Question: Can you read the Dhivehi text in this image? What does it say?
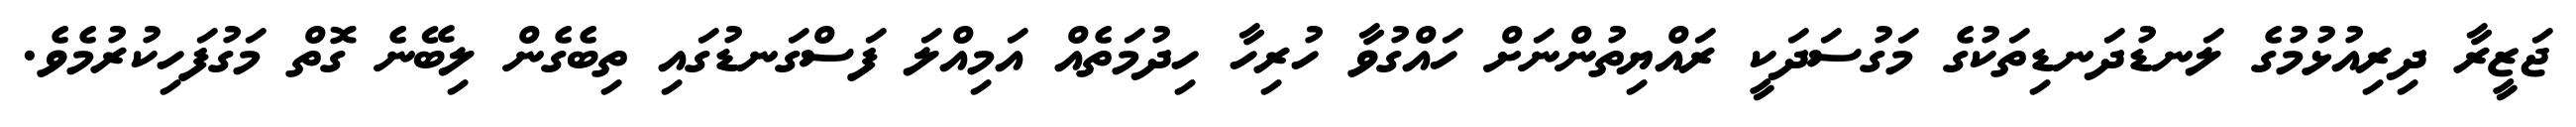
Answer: ޖަޒީރާ ދިރިއުޅުމުގެ ލަނޑުދަނޑިތަކުގެ މަގުސަދަކީ ރައްޔިތުންނަށް ހައްގުވާ ހުރިހާ ހިދުމަތެއް އަމިއްލަ ފަސްގަނޑުގައި ތިބެގެން ލިބޭނެ ގޮތް މަގުފަހިކުރުމެވެ.